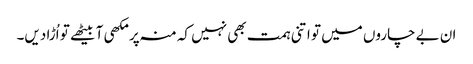
ان بے چاروں میں تو اتنی ہمت بھی نہیں کہ منہ پر مکھی آ بیٹھے تو اُڑا دیں۔